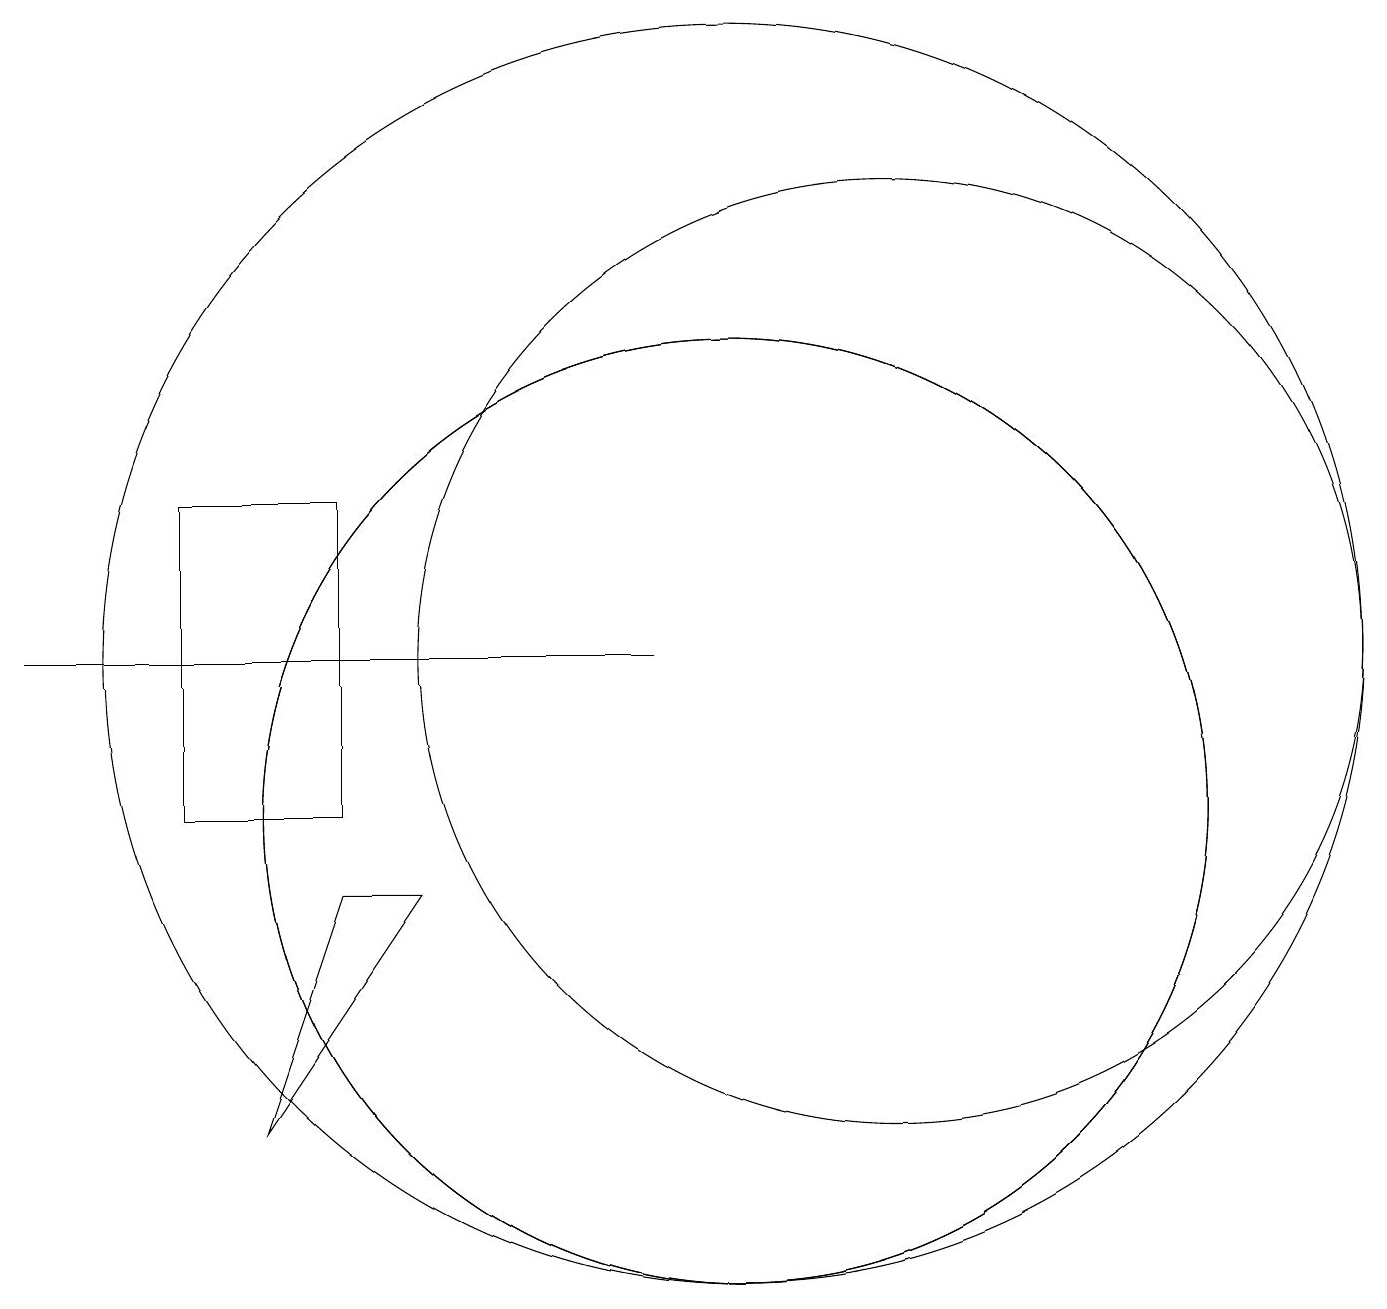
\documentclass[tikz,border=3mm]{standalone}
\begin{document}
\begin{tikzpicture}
\draw (10,10) circle (6);
\draw (6,9) -- (4,6) -- (5,9) -- cycle;
\draw (3,14) rectangle (5,10);
\draw (10,10) circle (6);
\draw (10,12) circle (8);
\draw (12,12) circle (6);
\draw (9,12) rectangle (1,12);
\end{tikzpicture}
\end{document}